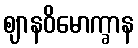
ဈာနဝိမောက္ခာန